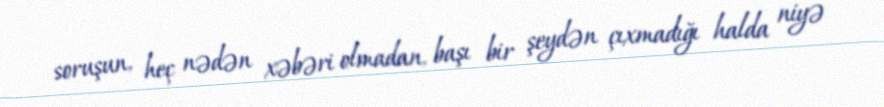
soruşun, heç nədən xəbəri olmadan, başı bir şeydən çıxmadığı halda niyə